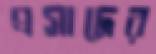
প্রসাদের